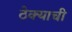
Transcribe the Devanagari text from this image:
ठेक्याची